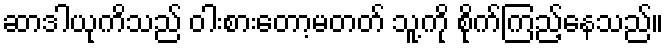
ဆာဒါယုကိသည် ဝါးစားတော့မတတ် သူ့ကို စိုက်ကြည့်နေသည်။